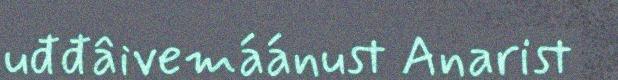
uđđâivemáánust Anarist